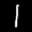
Label: 1